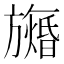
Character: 𬀙